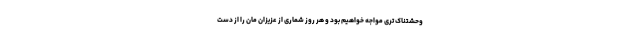
وحشتناک تری مواجه خواهیم بود و هر روز شماری از عزیزان مان را از دست